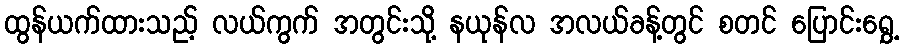
ထွန်ယက်ထားသည့် လယ်ကွက် အတွင်းသို့ နယုန်လ အလယ်ခန့်တွင် စတင် ပြောင်းရွှေ့